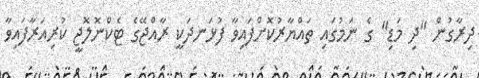
ދިރާގުން "ދި މަޑި" ގެ ނަމުގައި ތައްޔާރުކޮށްފައިވާ ފުޅަނދަކީ ރާއްޖޭގެ ޓެކްނޮލޮޖީ ކުރިއަރާފައިވާ